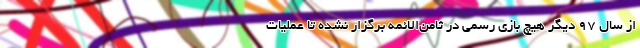
از سال ۹۷ دیگر هیچ بازی رسمی در ثامن‌الائمه برگزار نشده تا عملیات